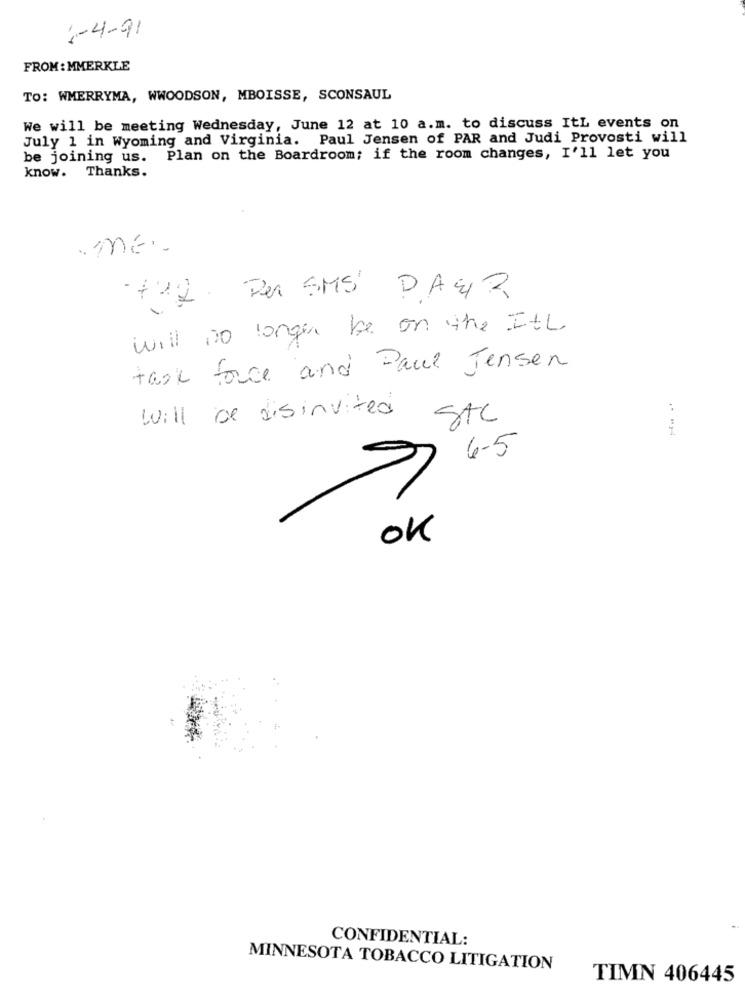
:- 4-91
FROM : MMERKLE
TO: WMERRYMA, WWOODSON, MBOISSE, SCONSAUL
We will be meeting Wednesday, June 12 at 10 a.m. to discuss ItL events on
July 1 in Wyoming and Virginia. Paul Jensen of PAR and Judi Provosti will
be joining us. Plan on the Boardroom; if the room changes, I'll let you
know. Thanks.
+22 . Per SMS DA42
will no longer be on the ItL
task force and Paul Jensen
will be disinvited
Stc
--
4-5
OK
CONFIDENTIAL:
MINNESOTA TOBACCO LITIGATION
TIMN 406445